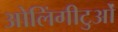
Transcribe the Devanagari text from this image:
ओलिंगीटुओं